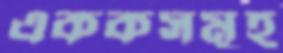
এককসমূহ